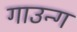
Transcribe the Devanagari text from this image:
गाउन्ग